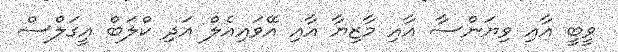
ވީބީ އާއި ވިޔަންސާ އާއި މާޒިޔާ އާއި އޭވައިއެލް އަދި ކްލަބް އީގަލްސް